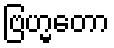
ဗြဟ္မတော